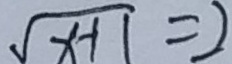
\sqrt { x - 1 } = 2